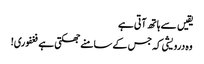
یقیں سے ہاتھ آتی ہے
وہ درویشی کہ جس کے سامنے جھکتی ہے فغفوری!